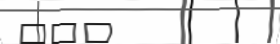
٢٠١